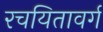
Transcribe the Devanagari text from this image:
रचयितावर्ग